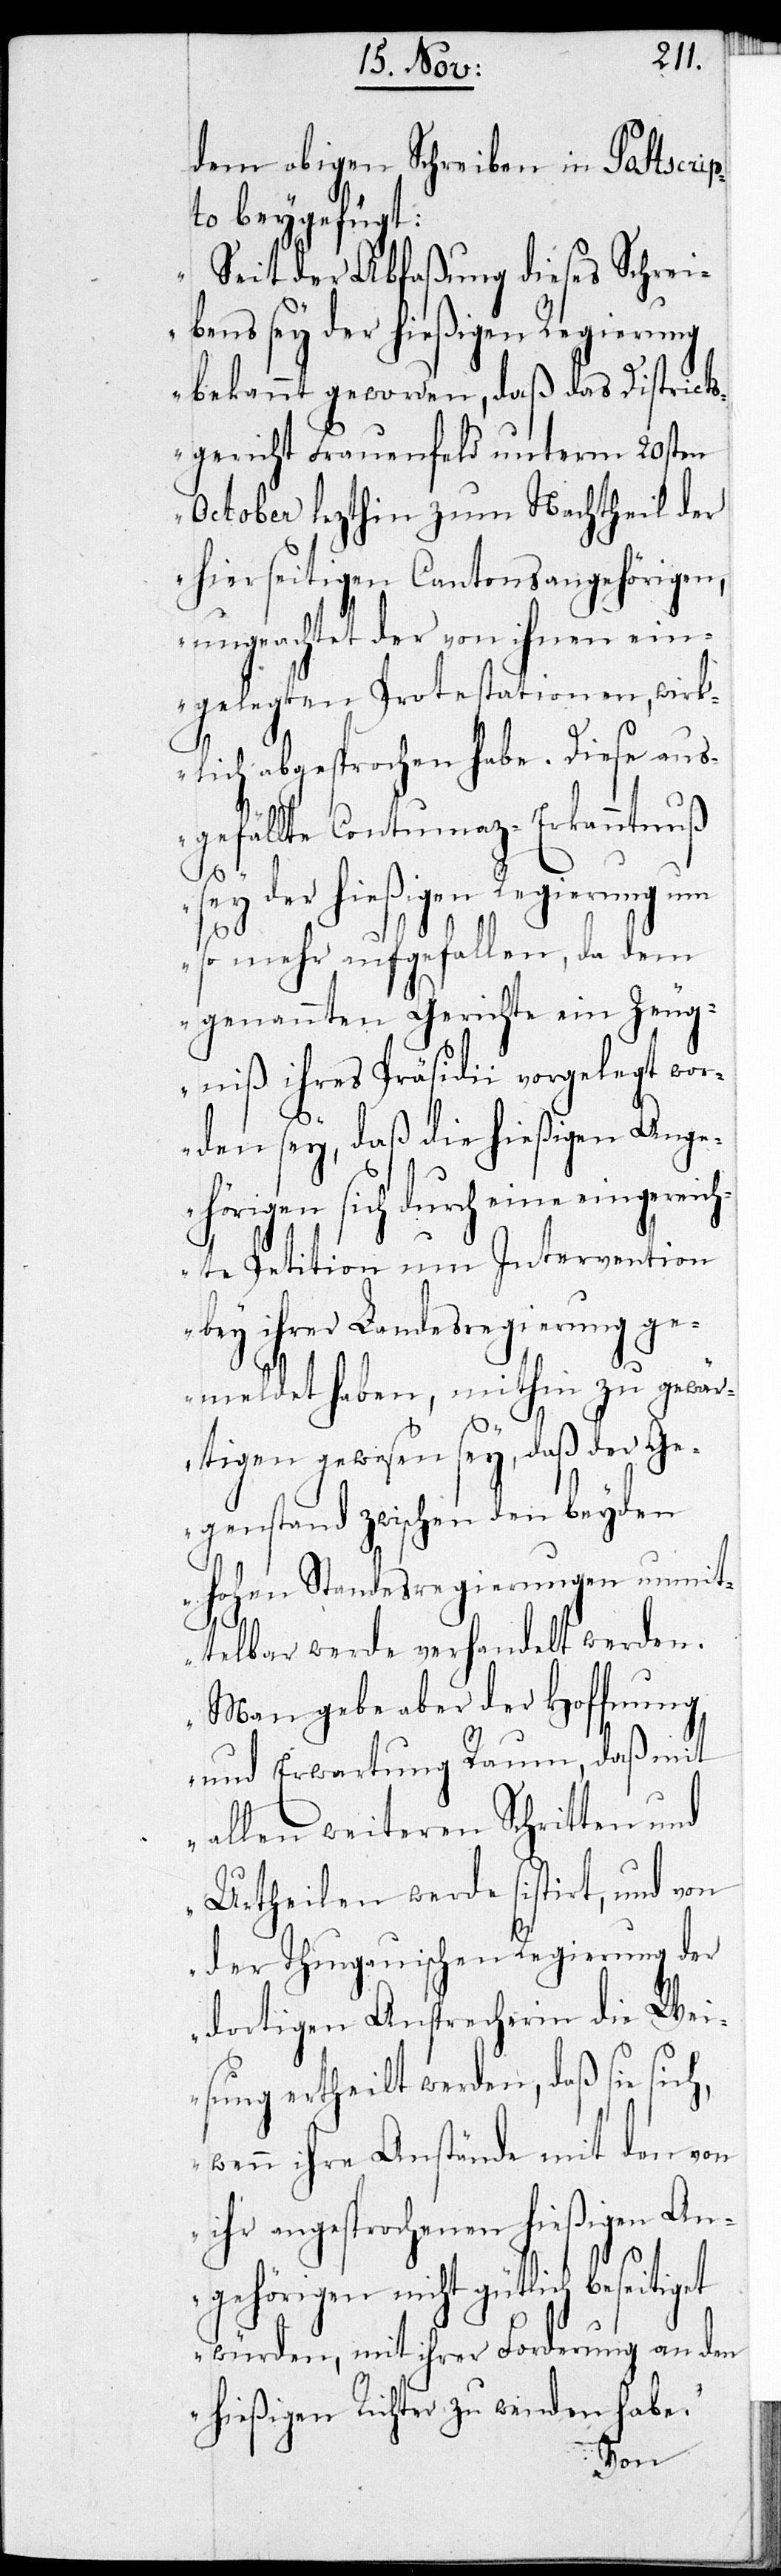
h,
dem obigen Schreiben ein Postscrip¬
to beygefügt:
„Seit der Abfaßung dieses Schrei¬
bens sey der hießigen Regierung
bekannt geworden, daß das Districts¬
gericht Frauenfeld unterm 20sten
October lezthin zum Nachtheil der
hierseitigen Cantonsangehörigen,
ungeachtet der von ihnen ein¬
gelegten Protestationen, wirk¬
lich abgesprochen habe. Diese aus¬
gefällte Contumaz-Erkanntnuß
sey der hießigen Regierung um
so mehr aufgefallen, da dem
genannten Gerichte ein Zeug¬
niß ihres Präsidii vorgelegt wor¬
den sey, daß die hießige Ang¬
ehörigen sich durch eine eingereich¬
te Petition um Intervention
bey ihrer Landesregierung ge¬
meldet haben, mithin zu gewär¬
tigen gewesen sey, daß der Ge¬
genstand zwischen den beyden
Hohen Standesregierungen unmit¬
telbar werde verhandelt werden.
Man gebe aber der Hoffnung
und Erwartung Raum, daß mit
allen weiteren Schritten und
Urtheilen werde sistirt, und von
der Thurgauischen Regierung der
dortigen Ansprecherin die Wei¬
sung ertheilt werden, daß sie sic¬
wenn ihre Anstände mit den von
ihr angesprochenen hießigen An¬
gehörigen nicht gütlich beseitiget
würden, mit ihrer Forderung an den
hießigen Richter zu wenden habe.